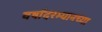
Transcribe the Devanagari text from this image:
वर्षांदरम्यानच्या